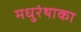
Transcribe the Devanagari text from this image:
मधुरंथाका